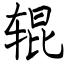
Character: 辊